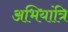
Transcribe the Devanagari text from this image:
अभियांत्रि